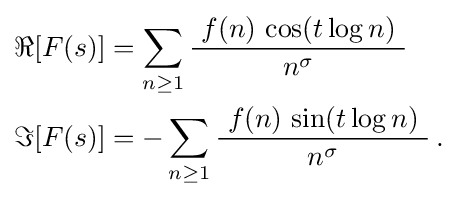
{\begin{aligned}\Re [F(s)]&=\sum _{n\geq 1}{\frac {~f(n)\,\cos(t\log n)~}{n^{\sigma }}}\\\Im [F(s)]&=-\sum _{n\geq 1}{\frac {~f(n)\,\sin(t\log n)~}{n^{\sigma }}}\,.\end{aligned}}